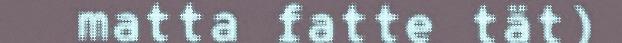
matta fatte tät)